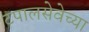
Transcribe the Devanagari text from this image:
टपालसेवेच्या